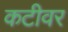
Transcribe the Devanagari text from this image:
कटीवर